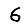
Digit: 6